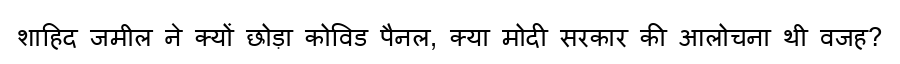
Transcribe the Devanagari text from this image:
शाहिद जमील ने क्यों छोड़ा कोविड पैनल, क्या मोदी सरकार की आलोचना थी वजह?